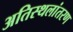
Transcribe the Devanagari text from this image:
अतिस्थलांतरण